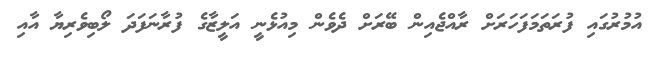
އުމުރުގައި ފުރަތަމަފަހަރަށް ރާއްޖެއިން ބޭރަށް ދެވެން މިއުޅެނީ އަލީޒާގެ ފުރާނަފަދަ ލޯބިވެރިޔާ އާއި